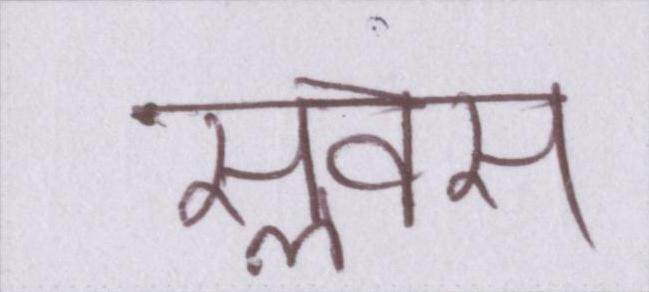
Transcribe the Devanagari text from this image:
सॢवस